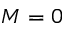
M = 0